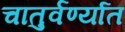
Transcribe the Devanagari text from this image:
चातुर्वर्ण्यात